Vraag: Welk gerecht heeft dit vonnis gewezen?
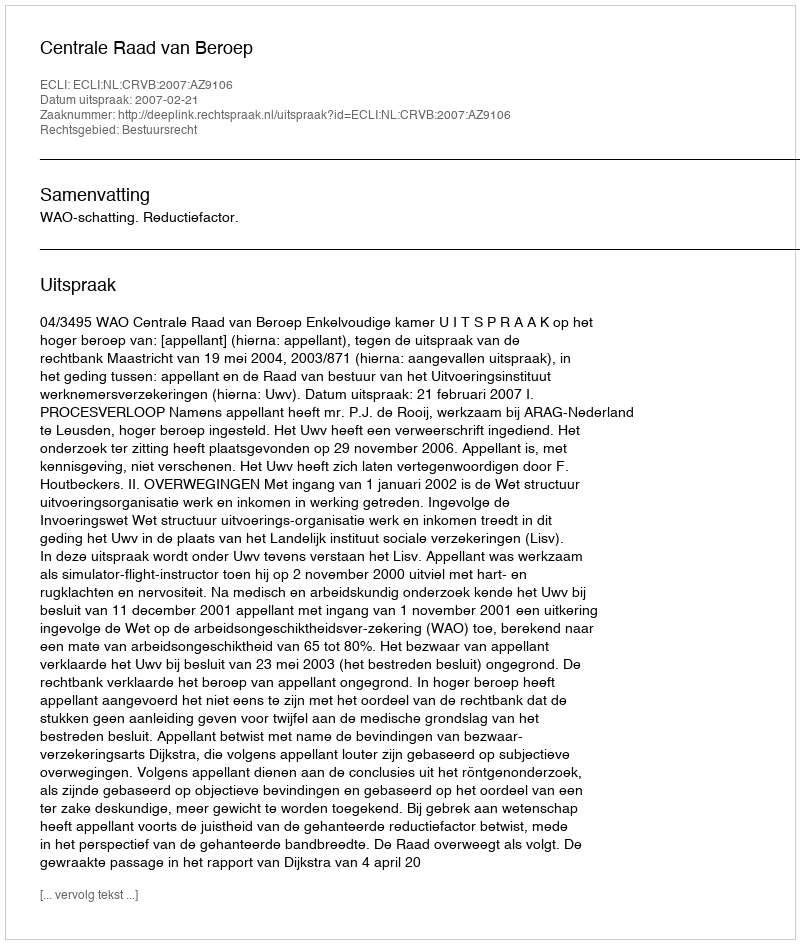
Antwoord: Centrale Raad van Beroep